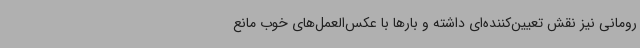
رومانی نیز نقش تعیین‌کننده‌ای داشته و بارها با عکس‌العمل‌های خوب مانع